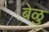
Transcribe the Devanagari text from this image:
बेळु